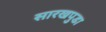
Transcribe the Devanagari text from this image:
सारखपुडा